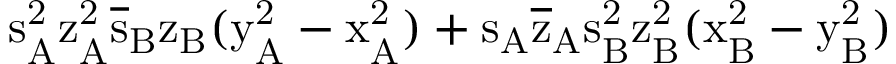
\mathrm { s _ { A } ^ { 2 } \mathrm { z _ { A } ^ { 2 } \mathrm { \overline { { s } } _ { B } \mathrm { z _ { B } ( \mathrm { y _ { A } ^ { 2 } - \mathrm { x _ { A } ^ { 2 } ) + \mathrm { s _ { A } \mathrm { \overline { { z } } _ { A } \mathrm { s _ { B } ^ { 2 } \mathrm { z _ { B } ^ { 2 } ( \mathrm { x _ { B } ^ { 2 } - \mathrm { y _ { B } ^ { 2 } ) } } } } } } } } } } } }